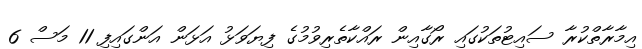
އިމާރާތްކުރާ ސައިޓުތަކުގައި ރޯގާއިން ރައްކާތެރިވުމުގެ ފިޔަވަޅު އަޅަން އަންގައިފި 11 މަސް 6